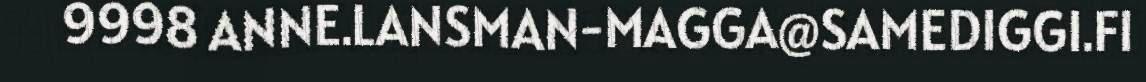
9998 ANNE.LANSMAN-MAGGA@SAMEDIGGI.FI